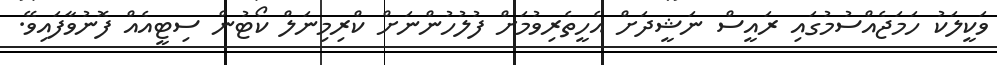
ވަކީލަކު ހަމަޖެއްސުމުގައި ރައީސް ނަޝީދަށް އެހީތެރިވުމަށް ފުލުހުންނަށް ކްރިމިނަލް ކޯޓުން ސިޓީއެއް ފޮނުވާފައިވޭ.